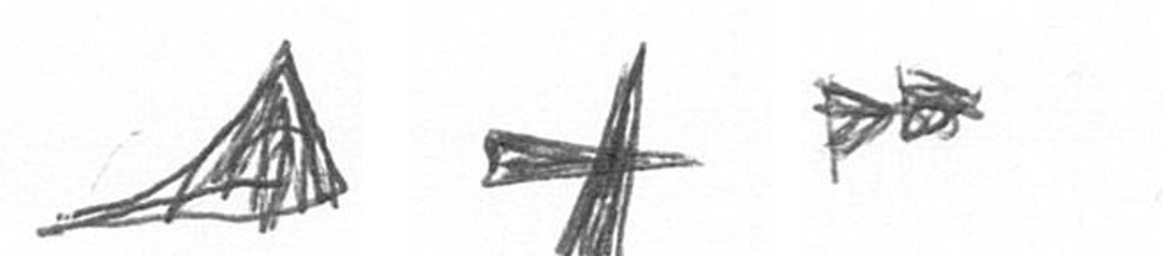
O G A